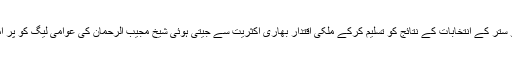
اگر یحیٰ خان انیس سو ستر کے انتخابات کے نتائج کو تسلیم کرکے ملکی اقتدار بھاری اکثریت سے جیتی ہوئی شیخ مجیب الرحمان کی عوامی لیگ کو پر امن طور منتقل کرتے۔